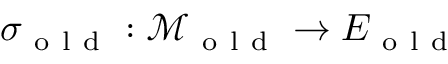
\sigma _ { \mathrm { ~ o ~ l ~ d ~ } } : \mathcal { M } _ { \mathrm { ~ o ~ l ~ d ~ } } \to E _ { \mathrm { ~ o ~ l ~ d ~ } }